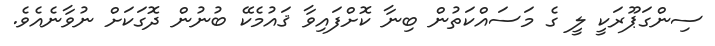
ސިންގަޕޫރަކީ ލީ ގެ މަސައްކަތުން ބިނާ ކޮށްފައިވާ ޤައުމެކޭ ބުނުން ދޮގަކަށް ނުވާނެއެވެ.